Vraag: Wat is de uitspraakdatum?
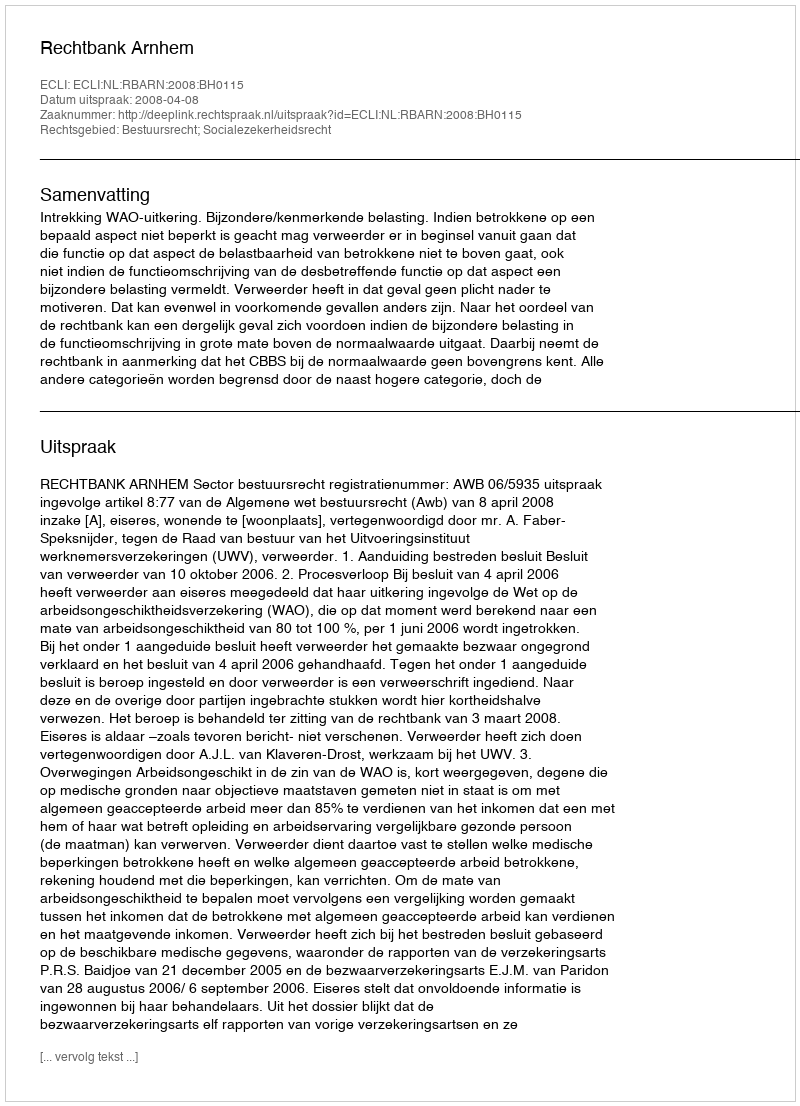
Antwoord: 2008-04-08